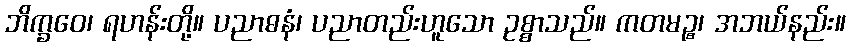
ဘိက္ခဝေ၊ ရဟန်းတို့။ ပညာဓနံ၊ ပညာတည်းဟူသော ဥစ္စာသည်။ ကတမဉ္စ၊ အဘယ်နည်း။